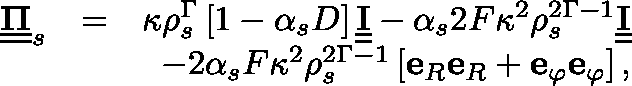
\begin{array} { r l r } { \underline { { \underline { { \mathbf { \Pi } } } } } _ { s } } & { = } & { \kappa \rho _ { s } ^ { \Gamma } \left[ 1 - \alpha _ { s } D \right] \underline { { \underline { { \mathbf { I } } } } } - \alpha _ { s } 2 F \kappa ^ { 2 } \rho _ { s } ^ { 2 \Gamma - 1 } \underline { { \underline { { \mathbf { I } } } } } } \\ & { } & { - 2 \alpha _ { s } F \kappa ^ { 2 } \rho _ { s } ^ { 2 \Gamma - 1 } \left[ \mathbf { e } _ { R } \mathbf { e } _ { R } + \mathbf { e } _ { \varphi } \mathbf { e } _ { \varphi } \right] , } \end{array}